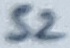
Text: S2